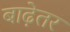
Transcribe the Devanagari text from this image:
बाढ़ेतर